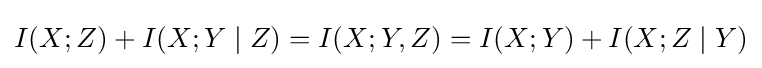
I(X;Z)+I(X;Y\mid Z)=I(X;Y,Z)=I(X;Y)+I(X;Z\mid Y)